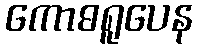
ကောဓရူပေန